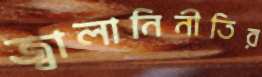
জ্বালানিনীতির